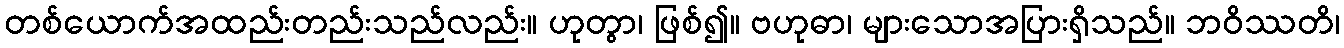
တစ်ယောက်အထည်းတည်းသည်လည်း။ ဟုတွာ၊ ဖြစ်၍။ ဗဟုဓာ၊ များသောအပြားရှိသည်။ ဘဝိဿတိ၊